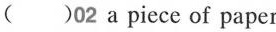
( )02 a piece of paper